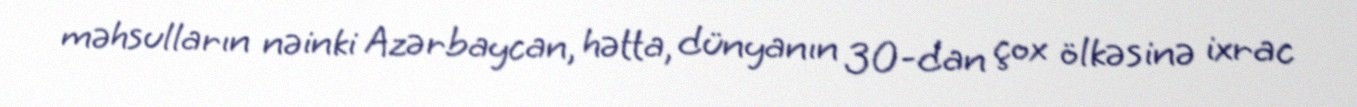
məhsulların nəinki Azərbaycan, hətta, dünyanın 30-dan çox ölkəsinə ixrac